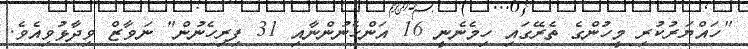
"ހައްޔަރުކުރި މީހުންގެ ތެރޭގައި ހިމެނެނީ 16 އަންހެނުންނާއި 31 ފިރިހެނުން" ނަވާޒް ވިދާޅުވިއެވެ.